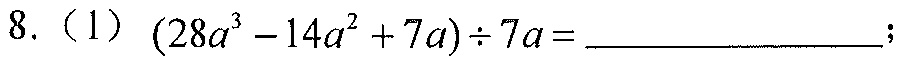
8.（1）\((28a^{3}-14a^{2}+7a)\div7a = \underline{\quad\quad}\);